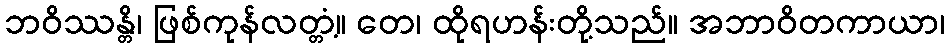
ဘဝိဿန္တိ၊ ဖြစ်ကုန်လတ္တံ့။ တေ၊ ထိုရဟန်းတို့သည်။ အဘာဝိတကာယာ၊